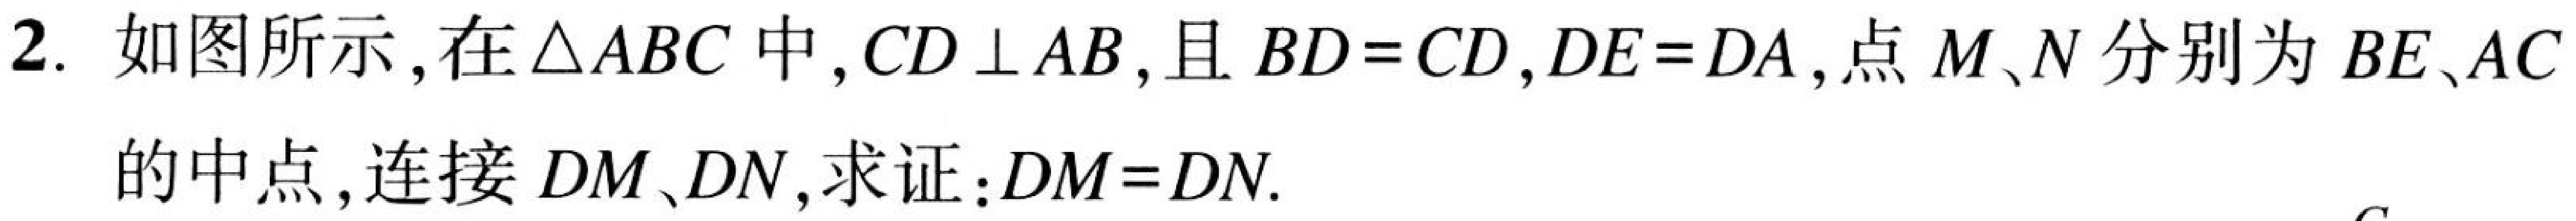
2. 如图所示，在\(\triangle ABC\)中，\(CD\perp AB\)，且\(BD = CD\)，\(DE = DA\)，点\(M、N\)分别为\(BE、AC\)的中点，连接\(DM、DN\)，求证：\(DM = DN\).